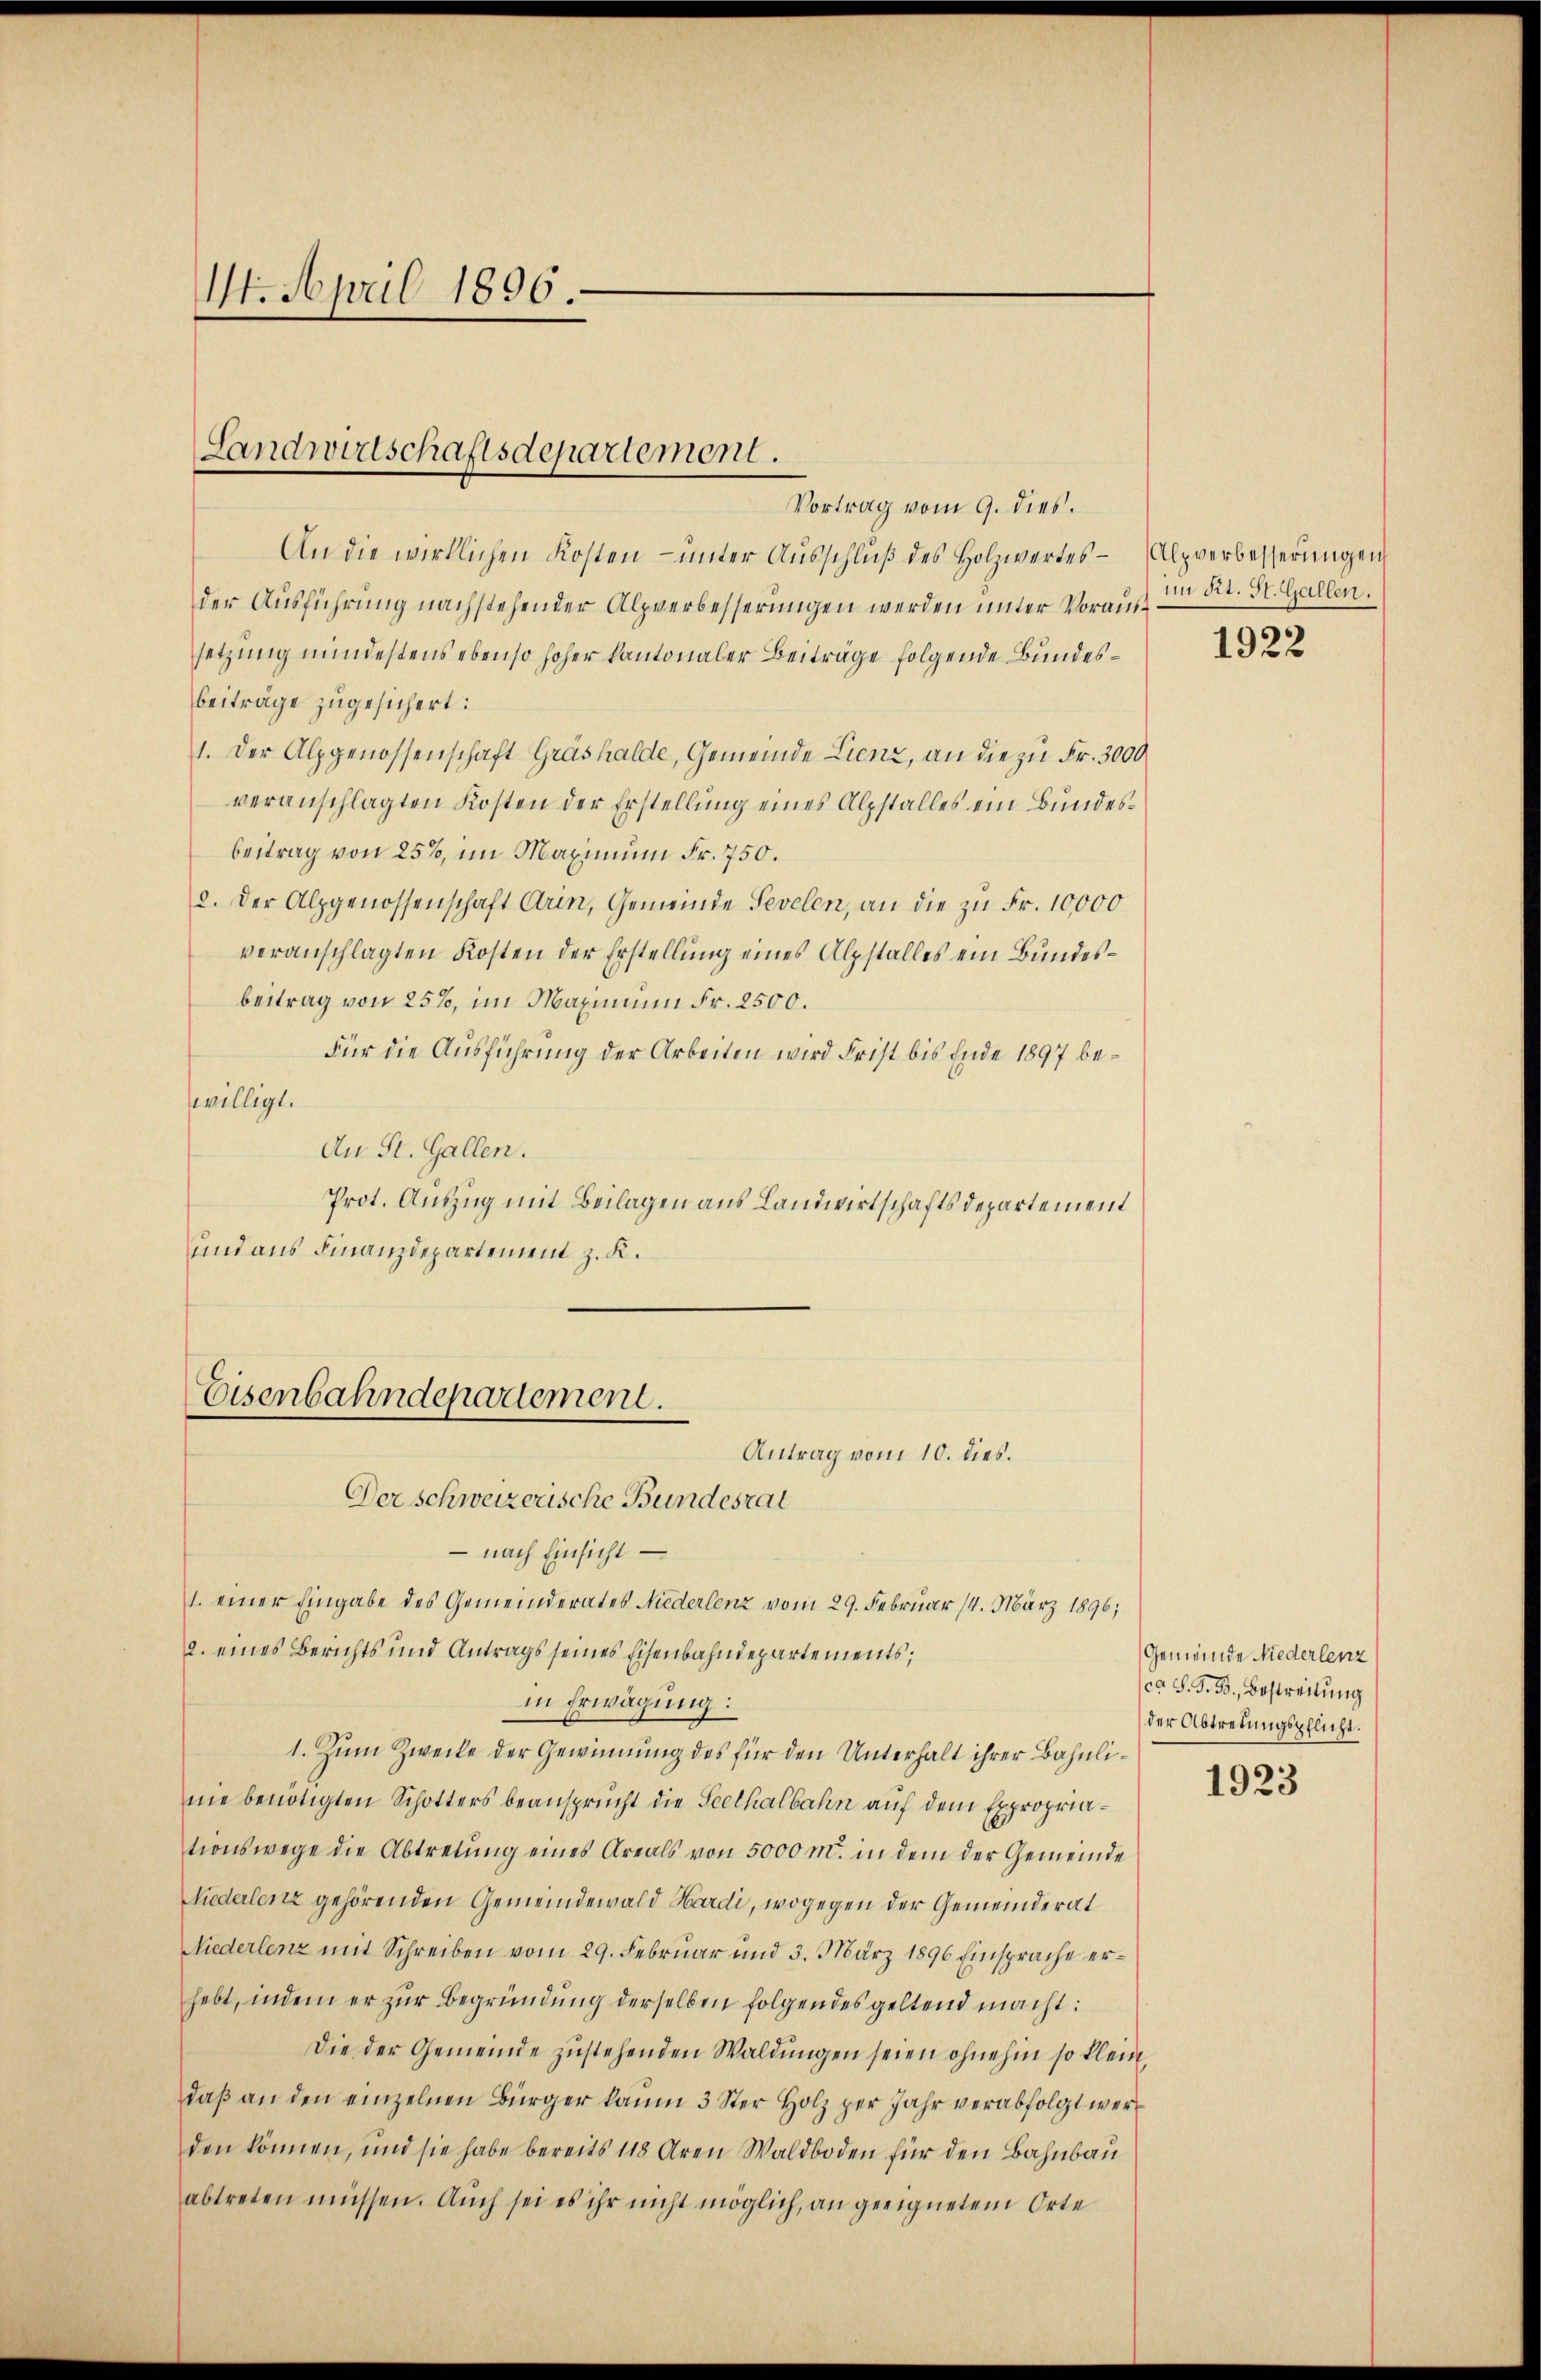
1. April 1896.

Landwirtschaftsdepartement.
Vortrag vom 9. dies.

An die wirklichen Kosten ŭnter Aŭsschlŭβ des Holzwertes Alpverbesserŭngen
der Ausführung nachstehender Alpverbesserungen werden unter Voraussetzung mindestens ebenso hoher kantonaler Beiträge folgende Bundesbeiträge zugesichert:
1. Der Alpgenossenschaft Grashalde, Gemeinde Lienz, an die zu Fr. 3000
veranschlagten Kosten der Erstellung eines Alpstalles ein Bundesbeitrag von 25%, im Maximum Fr. 750.
2. Der Alpgenossenschaft Arin, Gemeinde Sevelen, an die zu Fr. 10,000
veranschlagten Kosten der Erstellung eines Alpstalles ein Bundesbeitrag von 25%, im Maximum Fr. 2500.
Für die Ausführung der Arbeiten wird Frist bis Ende 1897 bewilligt.
An St. Gallen.
Prot. Auszug mit Beilagen aus Landwirtschaftsdepartement
und aus Finanzdepartement z. K.

Eisenbahndepartement.
Antrag vom 10. dies.
Der schweizerische Bundesrat
– nach Einsicht
1. einer Eingabe des Gemeinderates Niederlenz vom 29. Februar 14. März 1896;

2. eines Berichts und Antrags seines Eisenbahndepartements;
in Erwägung:
1. Zum Zwecke der Gewinnung des für den Unterhalt ihrer Bahnlinie benötigten Schotters beansprucht die Seethalbahn auf dem Expropriationswege die Abtretŭng eines Areals von 5000 m. in dem der Gemeinde
Niederlenz gehörenden Gemeindewald Hardi, wogegen der Gemeinderat
Niederlenz mit Schreiben vom 29. Februar und 3. März 1896 Einsprache erhebt, indem er zŭr Begründung derselben folgendes geltend macht:
Die der Gemeinde zŭstehenden Waldŭngen seien ohnehin so klein,
daß an den einzelnen Bürger kaum 3 Ster Holz per Jahr verabfolgt werden können, und sie habe bereits 118 Aren Waldboden für den Bahnbau
abtreten müssen. Auch sei es ihr nicht möglich, an geeignetem Orte

im Kt. St. Gallen.

1922

Gemeinde Niederlenz
ca S. G. B., Bestreitung
der Abtrenngspflicht.

1923